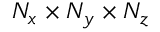
N _ { x } \times N _ { y } \times N _ { z }